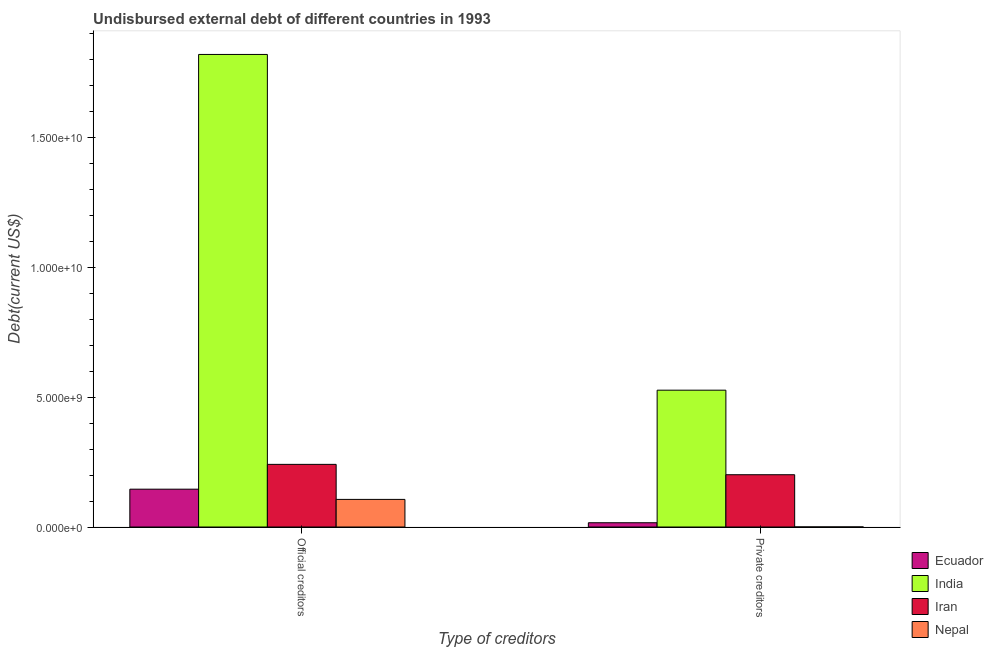
| Type of creditors | Ecuador | India | Iran | Nepal |
 | --- | --- | --- | --- | --- |
 | Official creditors | 1.46e+09 | 1.82e+10 | 2.41e+09 | 1.06e+09 |
 | Private creditors | 1.64e+08 | 5.27e+09 | 2.01e+09 | 2.78e+06 |